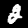
Label: 2